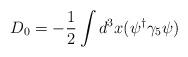
LaTeX: \begin{align*}D_0 = - \frac{1}{2}\int d^3{x}(\psi^{\dag} \gamma_5 \psi)\end{align*}